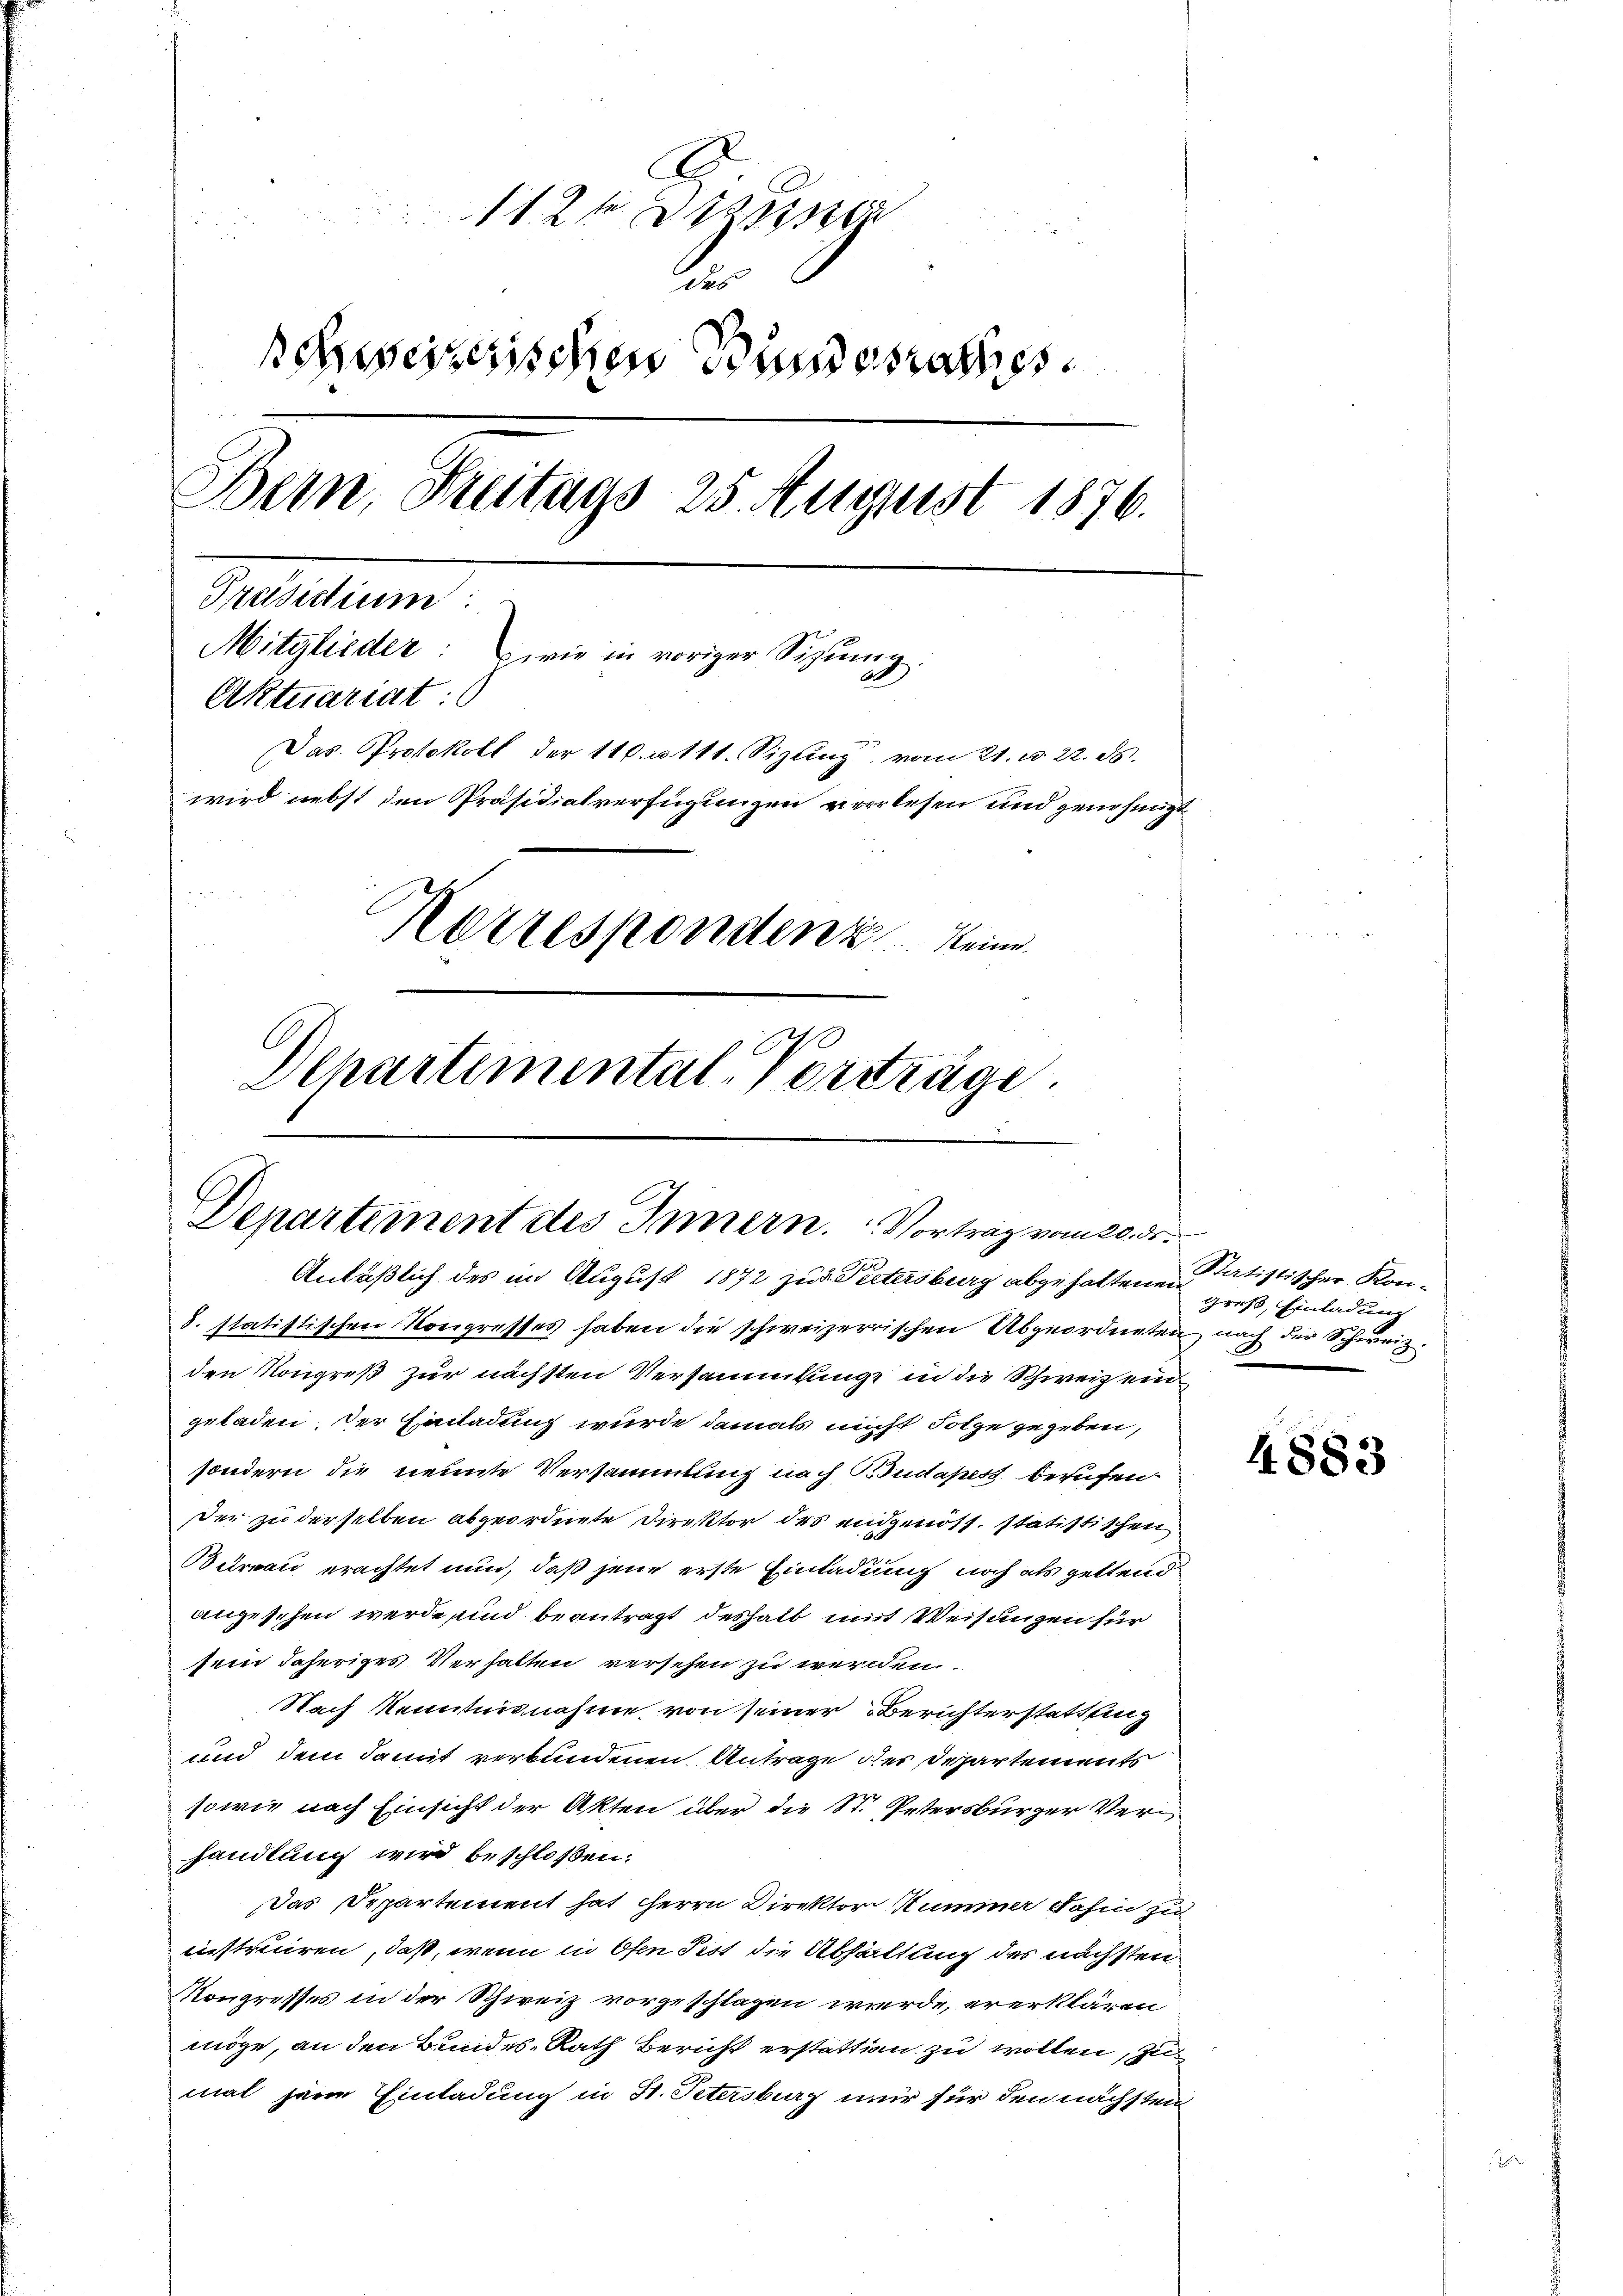
112. Diese
e
schweizerischen Bundesrathes.
Bern, Freitags 25. August 1876.
Maedium
Mitglieder: wie in voriger Sizume
i
Aktuariat:
Das Protokoll der Statt. Sizung vom 21. d. 22. d.
wird nebst den Präsidialverfügungen verlesen und genehmigt
Korrespondenz eine
Departimental-Vorträge.

Departement des Innern. Vortrag vom 20. ds.
Anläßlich des im August 1872 zur Petersburg abgehaltenen

8. statistischen Kongresses haben die schweizerrischen Abgeordneten nach der Schweiz.
den Kongreß zur nächsten Versammlunge in die Schweiz ein
geladen, der Einladung wurde damals nicht Solge gegeben,
sondern die neunte Versammlung nach Budapest berufen.
Der zu derselben abgeordnete Direktor des eidgenoss. statistischen
Bureau erachtet nun, daß jene erste Einladung noch als geltend
angesehen werde und beantragt deshalb mit Weisungen für
sein daheriges Verhalten versehen zu werden.
Nach Kenntnisnahme von seiner Berichterstattung
und dem damit verbundenen Antrage der Departements
sowie nach Einsicht der Akten über die St. Petersburger Verhandlung wird beschloßen:
das Departement hat Herrn Direktor Hummer dahin zu
instruiren, daß, wenn in Ofen Pist die Abhaltung des nächsten
Kongresses in der Schweiz vorgeschlagen wurde, ererklären
möge, an den Bundes-Rath Bericht erstattin zu wollen, zu
mal jene Einladung in St. Petersburg nur für den nächsten

Statistischer Kon-
greß, Einladung

4883